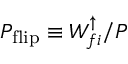
P _ { \mathrm { f l i p } } \equiv W _ { f i } ^ { \uparrow } / P